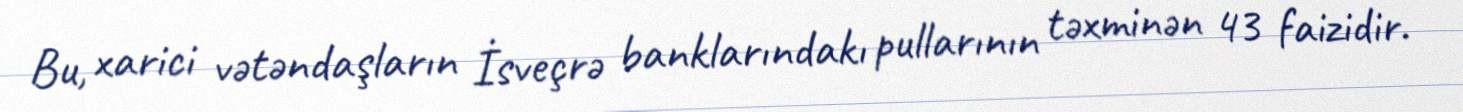
Bu, xarici vətəndaşların İsveçrə banklarındakı pullarının təxminən 43 faizidir.